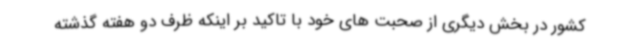
کشور در بخش دیگری از صحبت های خود با تاکید بر اینکه ظرف دو هفته گذشته